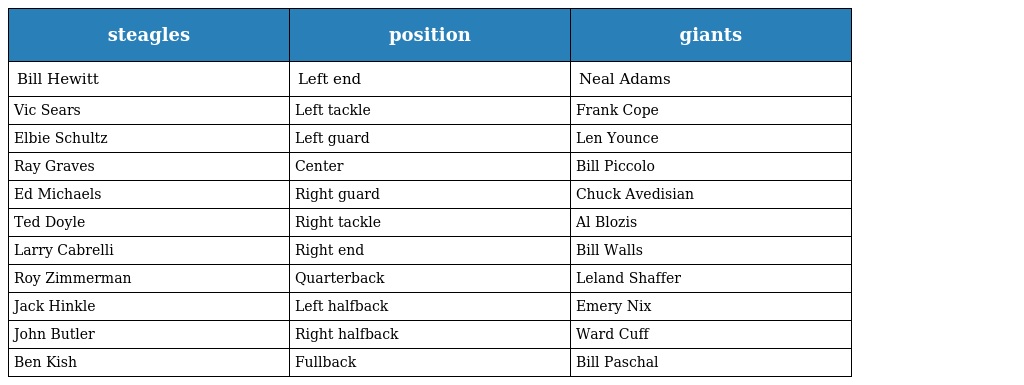
| steagles | position | giants |
 | --- | --- | --- |
 | Bill Hewitt | Left end | Neal Adams |
 | Vic Sears | Left tackle | Frank Cope |
 | Elbie Schultz | Left guard | Len Younce |
 | Ray Graves | Center | Bill Piccolo |
 | Ed Michaels | Right guard | Chuck Avedisian |
 | Ted Doyle | Right tackle | Al Blozis |
 | Larry Cabrelli | Right end | Bill Walls |
 | Roy Zimmerman | Quarterback | Leland Shaffer |
 | Jack Hinkle | Left halfback | Emery Nix |
 | John Butler | Right halfback | Ward Cuff |
 | Ben Kish | Fullback | Bill Paschal |